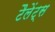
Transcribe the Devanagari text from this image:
टैलेंट्स